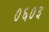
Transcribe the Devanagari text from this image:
०६०३